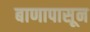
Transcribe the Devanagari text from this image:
बाणापासून